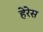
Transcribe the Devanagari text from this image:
हेरेस